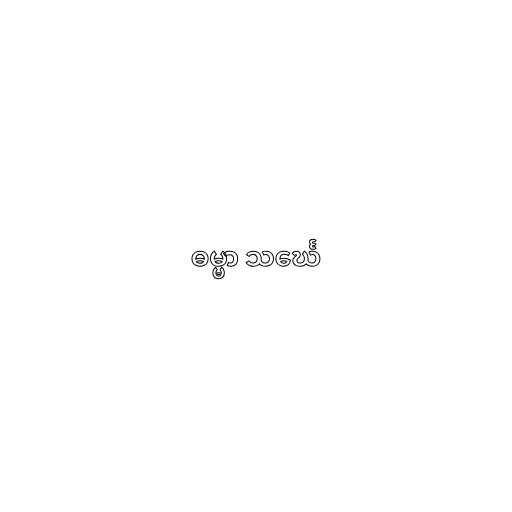
ဓမ္မာ သင်္ဃေ